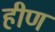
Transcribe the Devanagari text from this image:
हीण